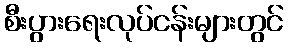
စီးပွားရေးလုပ်ငန်းများတွင်